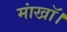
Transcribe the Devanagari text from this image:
मांखॉ।